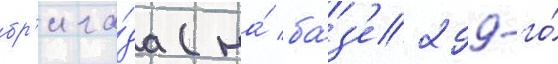
бр'ига́да (на́ ба́з'е 299-го́